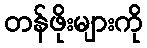
တန်ဖိုးများကို